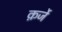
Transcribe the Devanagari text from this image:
क़र्जे